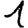
Digit: 1